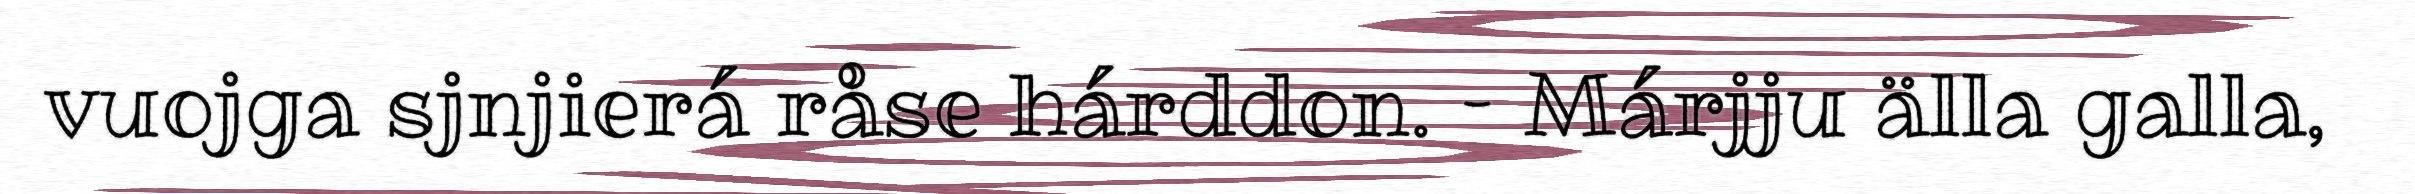
vuojga sjnjierá råse hárddon. – Márjju älla galla,